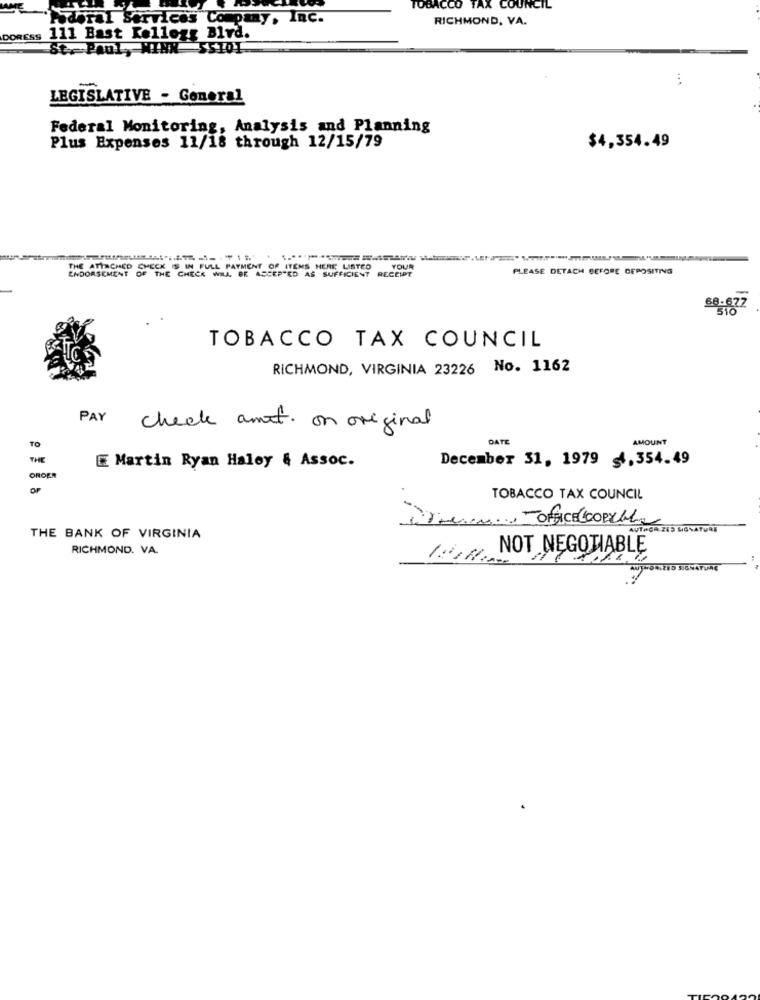
TOBACCO TAX COUNCIL
Pideral Services Company, InC.
RICHMOND, VA.
111 Bast Kellogg Blvd.
DORESS
PAUL WINN 55101.
LEGISLATIVE - General
Federal Monitoring, Analysis and Planning
Plus Expenses 11/18 through 12/15/79
$4,354.49
ENDORSEMENT OF
THE ATTACHED CHECK IS IN FULL PAYMENT OF ITEMS HERE LISTED
THE CHECK WILL BE ACCEPTED AS SUFFICIENT RECEIPT
YOUR
PLEASE DETACH BEFORE DEPOSITING
88.877
TOBACCO TAX COUNCIL
RICHMOND, VIRGINIA 23226 No. 1162
PAY
check amit. on original
To
DATE
AMOUNT
THE
December 31, 1979 ≤1,354.49
E Martin Ryan Haley & Assoc.
OROER
TOBACCO TAX COUNCIL
Damem.m. OFFICE CORRAL
AUTHOR 212 SIGNATURE
THE BANK OF VIRGINIA
RICHMOND. VA.
NOT NEGOTIABLE
WTHORIZED SIGNATURE